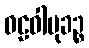
ဝဠဝါမုခဉ္စ